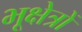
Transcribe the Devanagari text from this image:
भूक्षेत्रों